Civil Veterinary Department. United Provinces 1923-31 - 1923-1931
Year: 1923
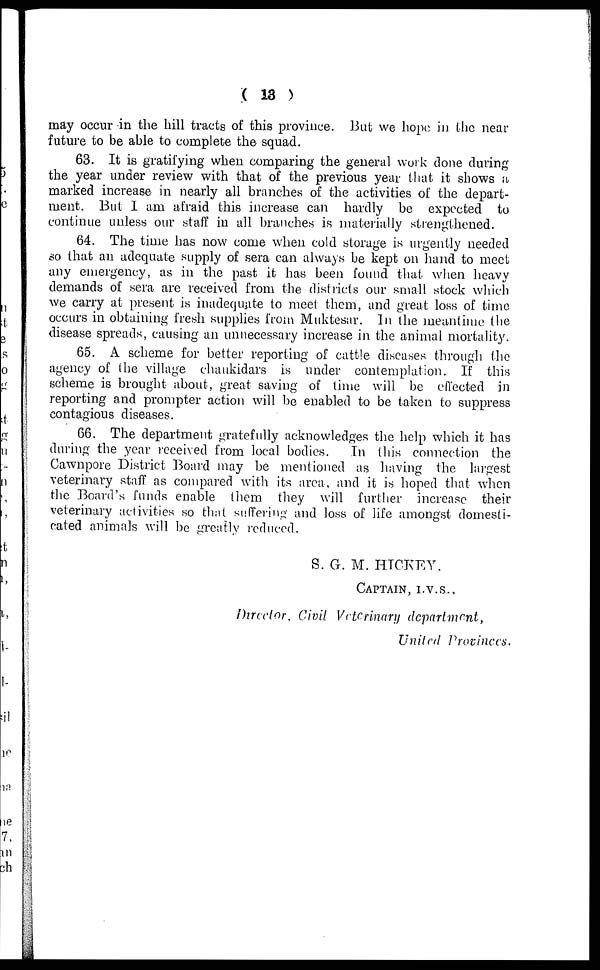
(13)
may occur in the hill tracts of this province. But we hope in the near
future to be able to complete the squad.
63. It is gratifying when comparing the general work done during
the year under review with that of the previous year that it shows it
marked increase in nearly all branches of the activities of the depart-
ment. But I am afraid this increase can hardly be expected to
continue unless our staff in all branches is materially strengthened.
64. The time has now come when cold storage is urgently needed
so that an adequate supply of sera can always be kept on hand to meet
any emergency, as in the past it has been found that when heavy
demands of sera are received from the districts our small stock which
we carry at present is inadequate to meet them, and great loss of time
occurs in obtaining fresh supplies from Muktesar. In the meantime the
disease spreads, causing an unnecessary increase in the animal mortality.
65. A scheme for better reporting of cattle diseases through the
agency of the village chaukidars is under contemplation. If this
scheme is brought about, great saving of time will be effected in
reporting and prompter action will be enabled to be taken to suppress
contagious diseases.
66. The department gratefully acknowledges the help which it has
during the year received from local bodies.
In this connection the
Cawnpore District Board may be mentioned as having the largest
veterinary staff as compared with its area, and it is hoped that when
the Board's funds enable them they will further increase their
veterinary activities so that suffering and loss of life amongst domesti-
cated animals will be greatly reduced.
S. G. M. HICKEY.
CAPTAIN, I.V.S.,
Director, Civil Veterinary
department,
United Provinces.